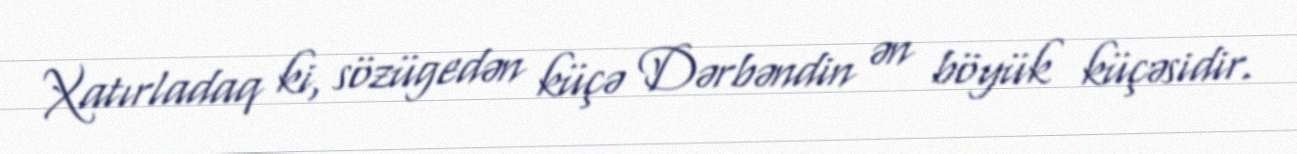
Xatırladaq ki, sözügedən küçə Dərbəndin ən böyük küçəsidir.